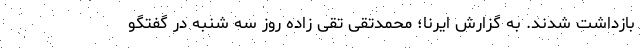
بازداشت شدند. به گزارش ایرنا؛ محمدتقی تقی زاده روز سه شنبه در گفتگو